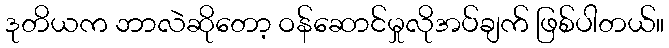
ဒုတိယက ဘာလဲဆိုတော့ ဝန်ဆောင်မှုလိုအပ်ချက် ဖြစ်ပါတယ်။